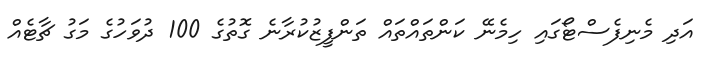
އަދި މެނިފެސްޓޯގައި ހިމެނޭ ކަންތައްތައް ތަންފީޒުކުރާނެ ގޮތުގެ 100 ދުވަހުގެ މަގު ޗާޓެއް